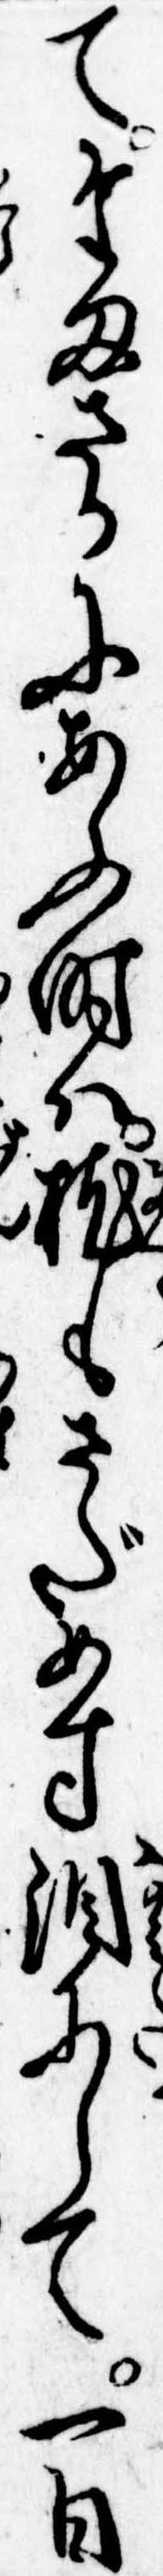
てたまさかにあふ時は枕もさだめす涙にして一日